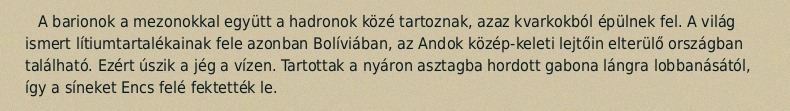
A barionok a mezonokkal együtt a hadronok közé tartoznak, azaz kvarkokból épülnek fel. A világ ismert lítiumtartalékainak fele azonban Bolíviában, az Andok közép-keleti lejtőin elterülő országban található. Ezért úszik a jég a vízen. Tartottak a nyáron asztagba hordott gabona lángra lobbanásától, így a síneket Encs felé fektették le.